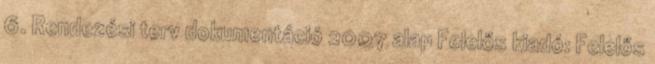
6. Rendezési terv dokumentáció 2007 alap Felelős kiadó: Felelős